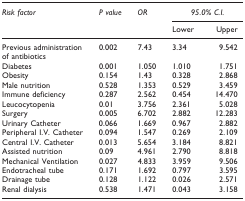
| Risk factor | P value | OR | <COLSPAN=2> 95.0% C.I. |
 |  |  |  | Lower | Upper |
 | --- | --- | --- | --- | --- |
 | Previous administration of antibiotics | 0.002 | 7.43 | 3.34 | 9.542 |
 | Diabetes | 0.001 | 1.050 | 1.010 | 1.751 |
 | Obesity | 0.154 | 1.43 | 0.328 | 2.868 |
 | Male nutrition | 0.528 | 1.353 | 0.529 | 3.459 |
 | Immune deficiency | 0.287 | 2.562 | 0.454 | 14.470 |
 | Leucocytopenia | 0.01 | 3.756 | 2.361 | 5.028 |
 | Surgery | 0.005 | 6.702 | 2.882 | 12.283 |
 | Urinary Catheter | 0.066 | 1.669 | 0.967 | 2.882 |
 | Peripheral I.V. Catheter | 0.094 | 1.547 | 0.269 | 2.109 |
 | Central I.V. Catheter | 0.013 | 5.654 | 3.184 | 8.821 |
 | Assisted nutrition | 0.09 | 4.961 | 2.790 | 8.818 |
 | Mechanical Ventilation | 0.027 | 4.833 | 3.959 | 9.506 |
 | Endotracheal tube | 0.171 | 1.692 | 0.797 | 3.595 |
 | Drainage tube | 0.128 | 1.122 | 0.026 | 2.571 |
 | Renal dialysis | 0.538 | 1.471 | 0.043 | 3.158 |